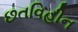
છતવિહીન